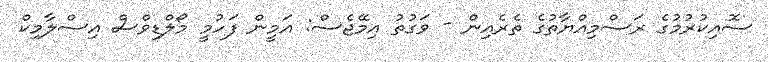
ސޮއިކުރުމުގެ ރަސްމިއްޔާތުގެ ތެރެއިން - ވަގުތު އިމޭޖެސް: އަމީން ފަހުމީ މޯލްޑިވްސް އިސްލާމިކް